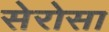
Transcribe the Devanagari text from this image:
सेरोसा